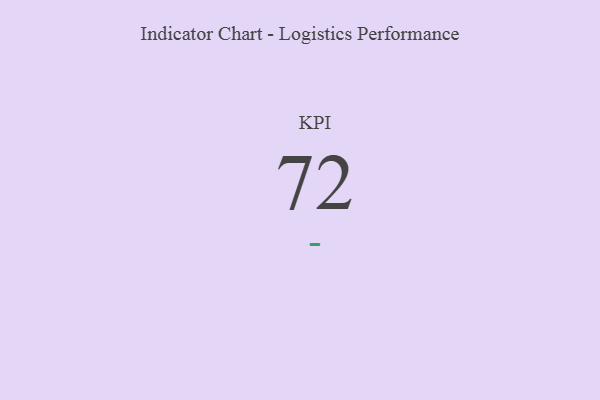
{"axis": {"x": "KPI", "y": "Value"}, "legend": [""], "data": [{"x": "KPI", "y": 72, "type": ""}]}